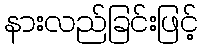
နားလည်ခြင်းဖြင့်